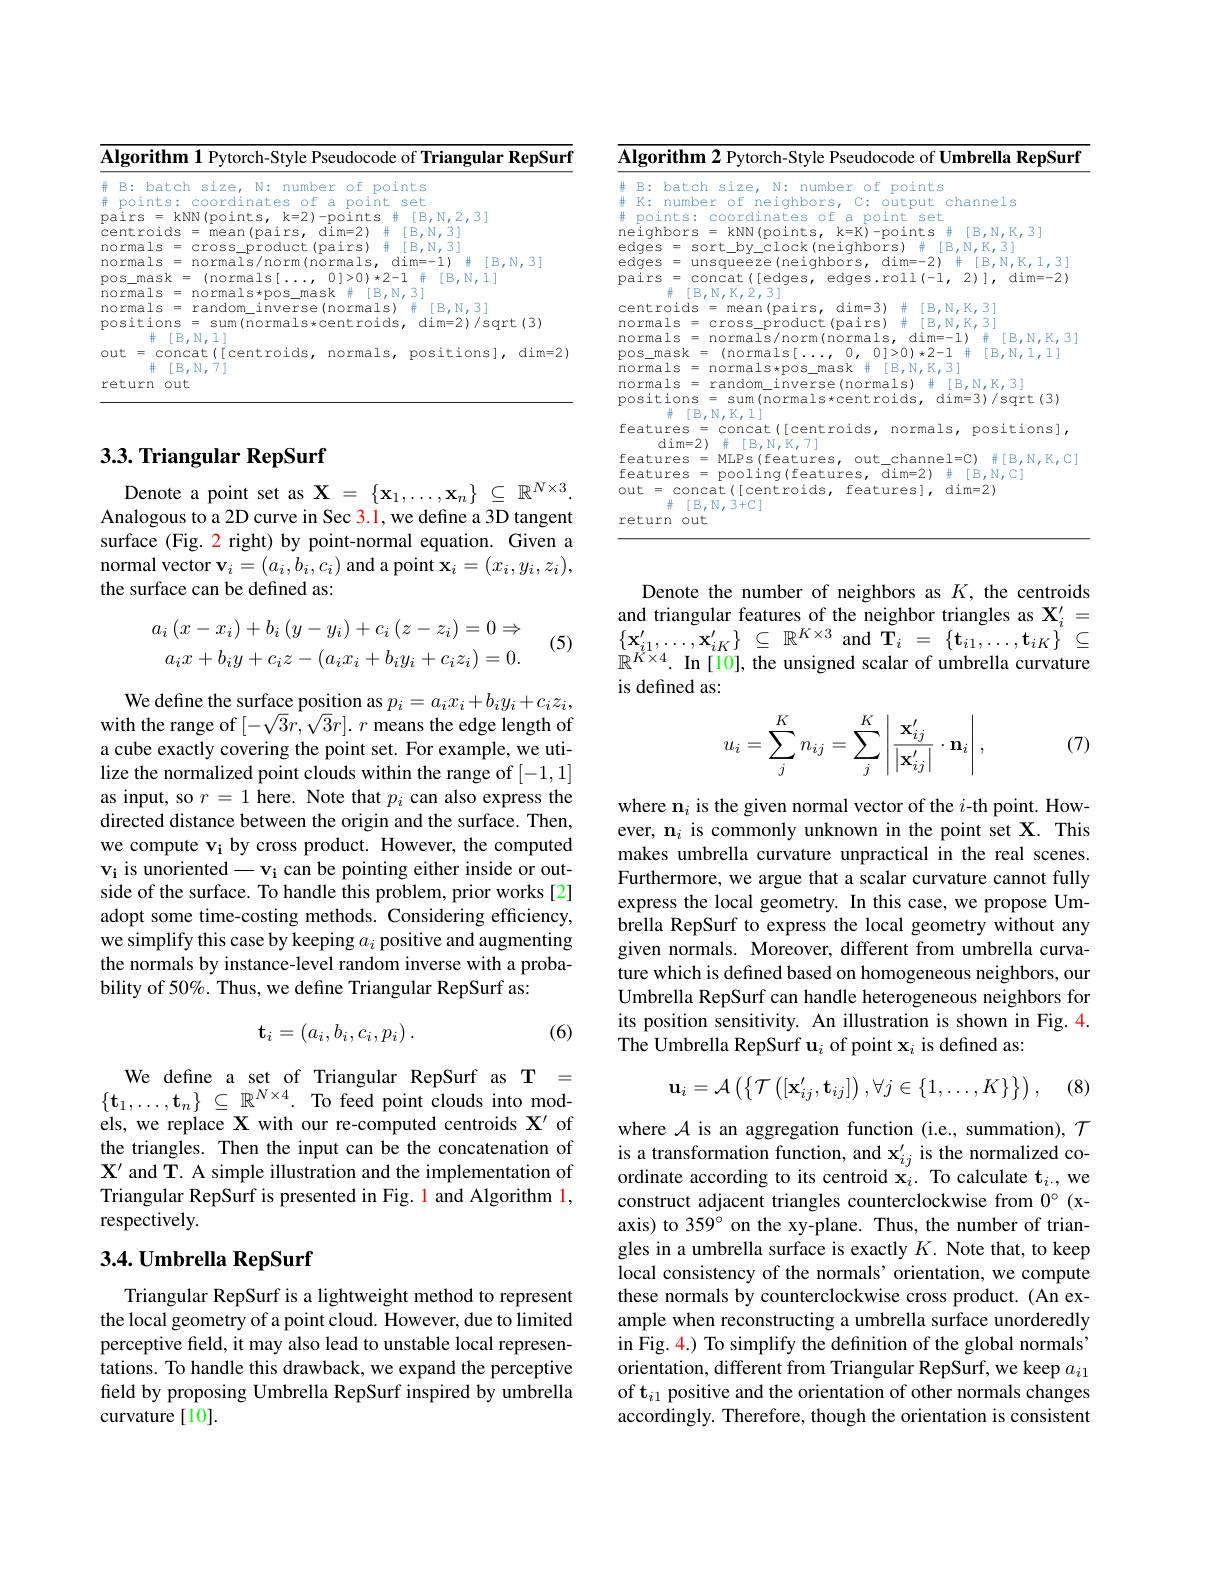
Algorithm 1 Pytorch-Style Pseudocode of Triangular RepSurf
<table>
	<tbody>
		<tr>
			<td>并 B: batch $S\bot Z\in I$ $N:$ rarrb 1</td>
			<td>1月十 $r^{2}$ C N numb $\Upsilon_{1}\cap1$ in+ 1 $C_{1}$</td>
		</tr>
		<tr>
			<td>normals = normals*pos_ma normals = random\_inverse positions = sum(normals* $\Gamma P$ M 711</td>
			<td>S = normals*pos\_mask #[B,N,3] S = $random\_inverse(normals)\#[B,N,3]$ Ons sum(normals*centroids,dim=2)/sqrt(3)</td>
		</tr>
		<tr>
			<td>out = concat([centroids, 十 $[B,N,7]$</td>
			<td>concat([centroids, normals, positions], dim=2</td>
		</tr>
	</tbody>
</table>

Algorithm 2 Pytorch-Style Pseudocode of Umbrella RepSurf

<table>
	<tbody>
		<tr>
			<td>井 井</td>
			<td>batch size, N: number of points number of neiqhbors, output channels</td>
		</tr>
		<tr>
			<td> </td>
			<td>1V</td>
		</tr>
		<tr>
			<td>$\rho$</td>
			<td> </td>
		</tr>
		<tr>
			<td>$\rho$</td>
			<td> </td>
		</tr>
		<tr>
			<td>$p\hat{e}$</td>
			<td>$dim=-2)$ concat LOES 一」, 21,</td>
		</tr>
		<tr>
			<td> </td>
			<td>114 dl</td>
		</tr>
		<tr>
			<td>$nc$ $PC$</td>
			<td>lals = random inverse( normals) $\#$ [ B, N, K, 3] tions = sum(normals*centroids, dim=3)/sqrt(3) $\#[B,N,K,1]$</td>
		</tr>
		<tr>
			<td>$f.$</td>
			<td>ures = concat([ cent roids, normals, positions], $dim=2)$ 井 $\#[B,N,K,7]$</td>
		</tr>
		<tr>
			<td>$f_{\mathrm{f}}$ $\in$</td>
			<td>11YPG MLPs(features $out~channe~1=C.$ 手「B,N,K.</td>
		</tr>
		<tr>
			<td>OL</td>
			<td>concat([centroids, features], dim=2) $[B,N,3+C]$</td>
		</tr>
	</tbody>
</table>
return out

## $3. 3. \textbf{Triangular RepSurf}$

Denote a point set as $\mathbf{X}=\{\mathbf{x}_1,\ldots,\mathbf{x}_n\}\subseteq\mathbb{R}^{N\times3}.$ Analogous to a 2D curve in Sec 3.1, we define a 3D tangent surface (Fig. 2 right) by point-normal equation. Given a ${\text{normal vector }\mathbf{v}}_{i}=(a_{i},b_{i},c_{i})$ and a point $\mathbf{x}_i=(x_{i},y_{i},z_{i})$, the surface can be defined as:
$$a_{i}\left(x-x_{i}\right)+b_{i}\left(y-y_{i}\right)+c_{i}\left(z-z_{i}\right)=0\Rightarrow\\a_{i}x+b_{i}y+c_{i}z-(a_{i}x_{i}+b_{i}y_{i}+c_{i}z_{i})=0.$$
(5)

We define the surface position as $p_i=a_ix_i+b_iy_i+c_iz_i$, with the range of $[-\sqrt{3}r,\sqrt{3}r].r$ means the edge length of a cube exactly covering the point set. For example, we utilize the normalized point clouds within the range of [-1,1] as input, so $r=1$ here. Note that $p_i$ can also express the directed distance between the origin and the surface. Then, we compute vi by cross product. However, the computed $\mathbf{v_i}$ is unoriented$-\mathbf{v_i}$ can be pointing either inside or outside of the surface. To handle this problem, prior works [2] adopt some time-costing methods. Considering efficiency, we simplify this case by keeping $a_i$ positive and augmenting the normals by instance-level random inverse with a probability of 50%. Thus, we define Triangular RepSurf as:

(6)
$$\mathbf t_i=(a_i,b_i,c_i,p_i)\:.$$
We define a set of Triangular RepSurf as T = $\{\mathbf{t}_1,\ldots,\mathbf{t}_n\}\subseteq\mathbb{R}^{N\times4}.$To feed point clouds into models, we replace X with our re-computed centroids $\mathbf{X}^{\prime}$ of the triangles. Then the input can be the concatenation of $\mathbf{X}^{\prime}$ and T. A simple illustration and the implementation of Triangular RepSurf is presented in Fig. 1 and Algorithm l, respectively.

### 3.4. Umbrella RepSurf

Triangular RepSurf is a lightweight method to represent the local geometry of a point cloud. However, due to limited perceptive field, it may also lead to unstable local representations. To handle this drawback, we expand the perceptive field by proposing Umbrella RepSurf inspired by umbrella curvature [10].

Denote the number of neighbors as $K$, the centroids and triangular features of the neighbor triangles as $\mathbf{X}_i^{\prime}=$ $\{ \mathbf{x} _{i1}^{\prime }, \ldots , \mathbf{x} _{iK}^{\prime }\}$ $\subseteq$ $\mathbb{R} ^{K\times 3}$and$\tilde{\mathbf{T} } _i$ = $\{ \mathbf{t} _{i1}, \ldots , \mathbf{t} _{iK}\}$ $\subseteq$ $\mathbb{R}^{K\times4}.$ In [10], the unsigned scalar of umbrella curvature is defined as:

(7)
$$u_i=\sum_j^Kn_{ij}=\sum_j^K\left|\frac{\mathbf{x}_{ij}^{\prime}}{\left|\mathbf{x}_{ij}^{\prime}\right|}\cdot\mathbf{n}_i\right|,$$
where $\mathbf{n}_i$ is the given normal vector of the $i$-th point. However, $\mathbf{n}_i$ is commonly unknown in the point set X. This makes umbrella curvature unpractical in the real scenes. Furthermore, we argue that a scalar curvature cannot fully express the local geometry. In this case, we propose Umbrella RepSurf to express the local geometry without any given normals. Moreover, different from umbrella curvature which is defined based on homogeneous neighbors, our Umbrella RepSurf can handle heterogeneous neighbors for its position sensitivity. An illustration is shown in Fig.4. The Umbrella RepSurf $\mathbf{u}_i$ of point $\mathbf{x}_i$ is defined as:
$$\mathbf{u}_i=\mathcal{A}\left(\left\{\mathcal{T}\left([\mathbf{x}_{ij}',\mathbf{t}_{ij}]\right),\forall j\in\{1,\dots,K\}\right\}\right),$$
(8)

where $\mathcal{A}$ is an aggregation function (i.e., summation), $\mathcal{T}$ is a transformation function, and $\mathbf{x}_{ij}^{\prime}$ is the normalized coordinate according to its centroid x$_i.$ To calculate t$_i.$, we construct adjacent triangles counterclockwise from $0^{\circ}$ (xaxis) to 359° on the xy-plane. Thus, the number of triangles in a umbrella surface is exactly $K.$ Note that, to keep local consistency of the normals’orientation, we compute these normals by counterclockwise cross product. (An example when reconstructing a umbrella surface unorderedly in Fig. 4.) To simplify the defnition of the global normals orientation, different from Triangular RepSurf, we keep $a_i1$ of t$_i1$ positive and the orientation of other normals changes accordingly. Therefore, though the orientation is consistent